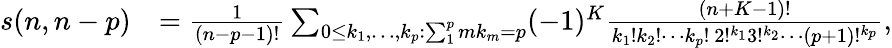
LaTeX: {\begin{array}{rl}{s(n,n-p)}&{={\frac{1}{(n-p-1)!}}\sum_{0\leq k_{1},\ldots,k_{p}:\sum_{1}^{p}mk_{m}=p}(-1)^{K}{\frac{(n+K-1)!}{k_{1}!k_{2}!\cdots k_{p}!~2!^{k_{1}}3!^{k_{2}}\cdots(p+1)!^{k_{p}}}},}\end{array}}